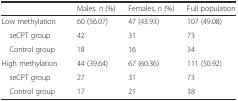
|  |  | Males, n (%) | Females, n (%) | Full population |
 | --- | --- | --- | --- | --- |
 | <COLSPAN=2> Low methylation | 60 (56.07) | 47 (43.93) | 107 (49.08) |
 | <COLSPAN=2> seCPT group | 42 | 31 | 73 |
 | <COLSPAN=2> Control group | 18 | 16 | 34 |
 | <COLSPAN=2> High methylation | 44 (39.64) | 67 (60.36) | 111 (50.92) |
 | <COLSPAN=2> seCPT group | 27 | 31 | 73 |
 | <COLSPAN=2> Control group | 17 | 21 | 38 |